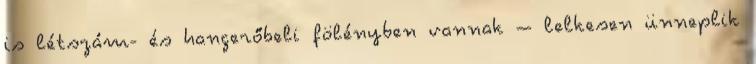
is létszám- és hangerőbeli fölényben vannak – lelkesen ünneplik